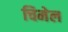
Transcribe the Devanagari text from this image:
चिमेल